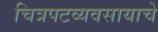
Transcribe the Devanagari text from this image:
चित्रपटव्यवसायाचे